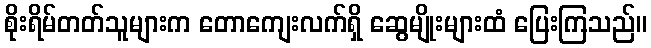
စိုးရိမ်တတ်သူများက တောကျေးလက်ရှိ ဆွေမျိုးများထံ ပြေးကြသည်။